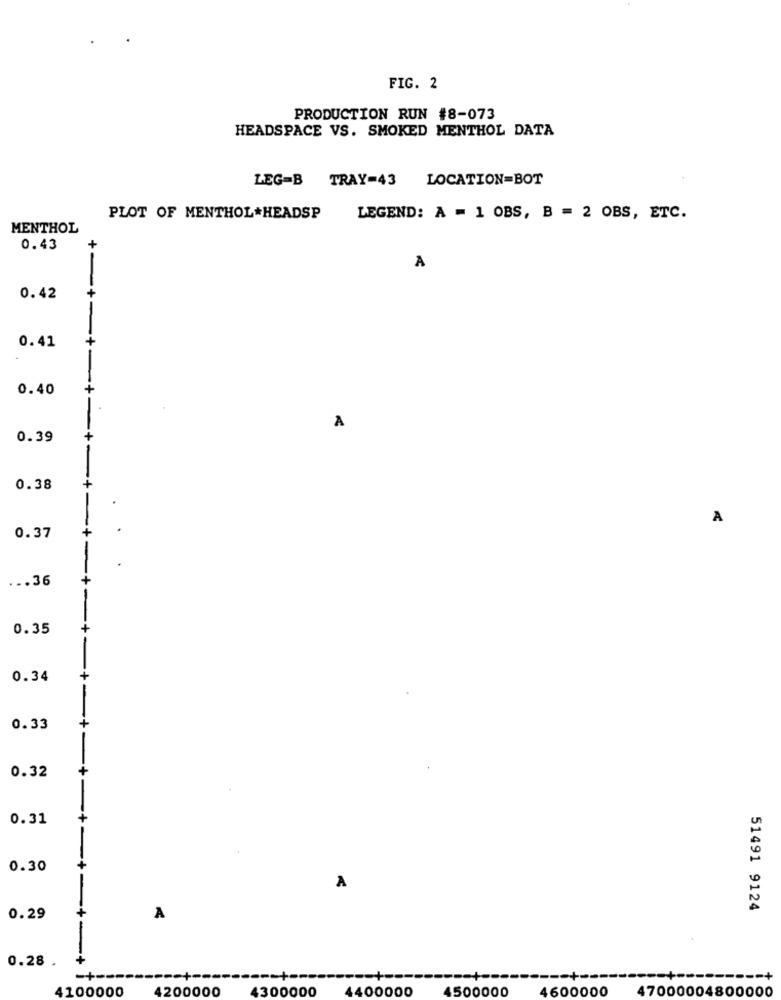
FIG. 2
PRODUCTION RUN #8-073
HEADSPACE VS. SMOKED MENTHOL DATA
LEG=B TRAY=43 LOCATION=BOT
PLOT OF MENTHOL *HEADSP
LEGEND: A = 1 OBS, B = 2 OBS, ETC.
MENTHOL
0.43
+
A
0.42
+
0.41
0.40
A
0.39
0.38
A
0.37
... 36
0.35
0.34
0.33
0.32
0.31
+
0.30
A
-
51491 9124
0.29
A
0.28 .
=+
4100000
4200000
4300000
4500000
4600000
47000004800000
4400000